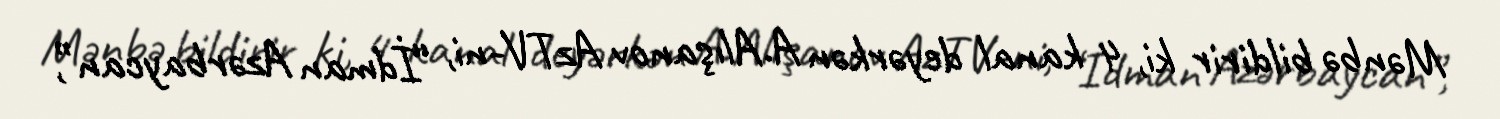
Mənbə bildirir ki, 4 kanal deyərkən A.Alışanov AzTV-ni, “İdman Azərbaycan”,